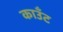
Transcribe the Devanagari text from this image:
काउँट